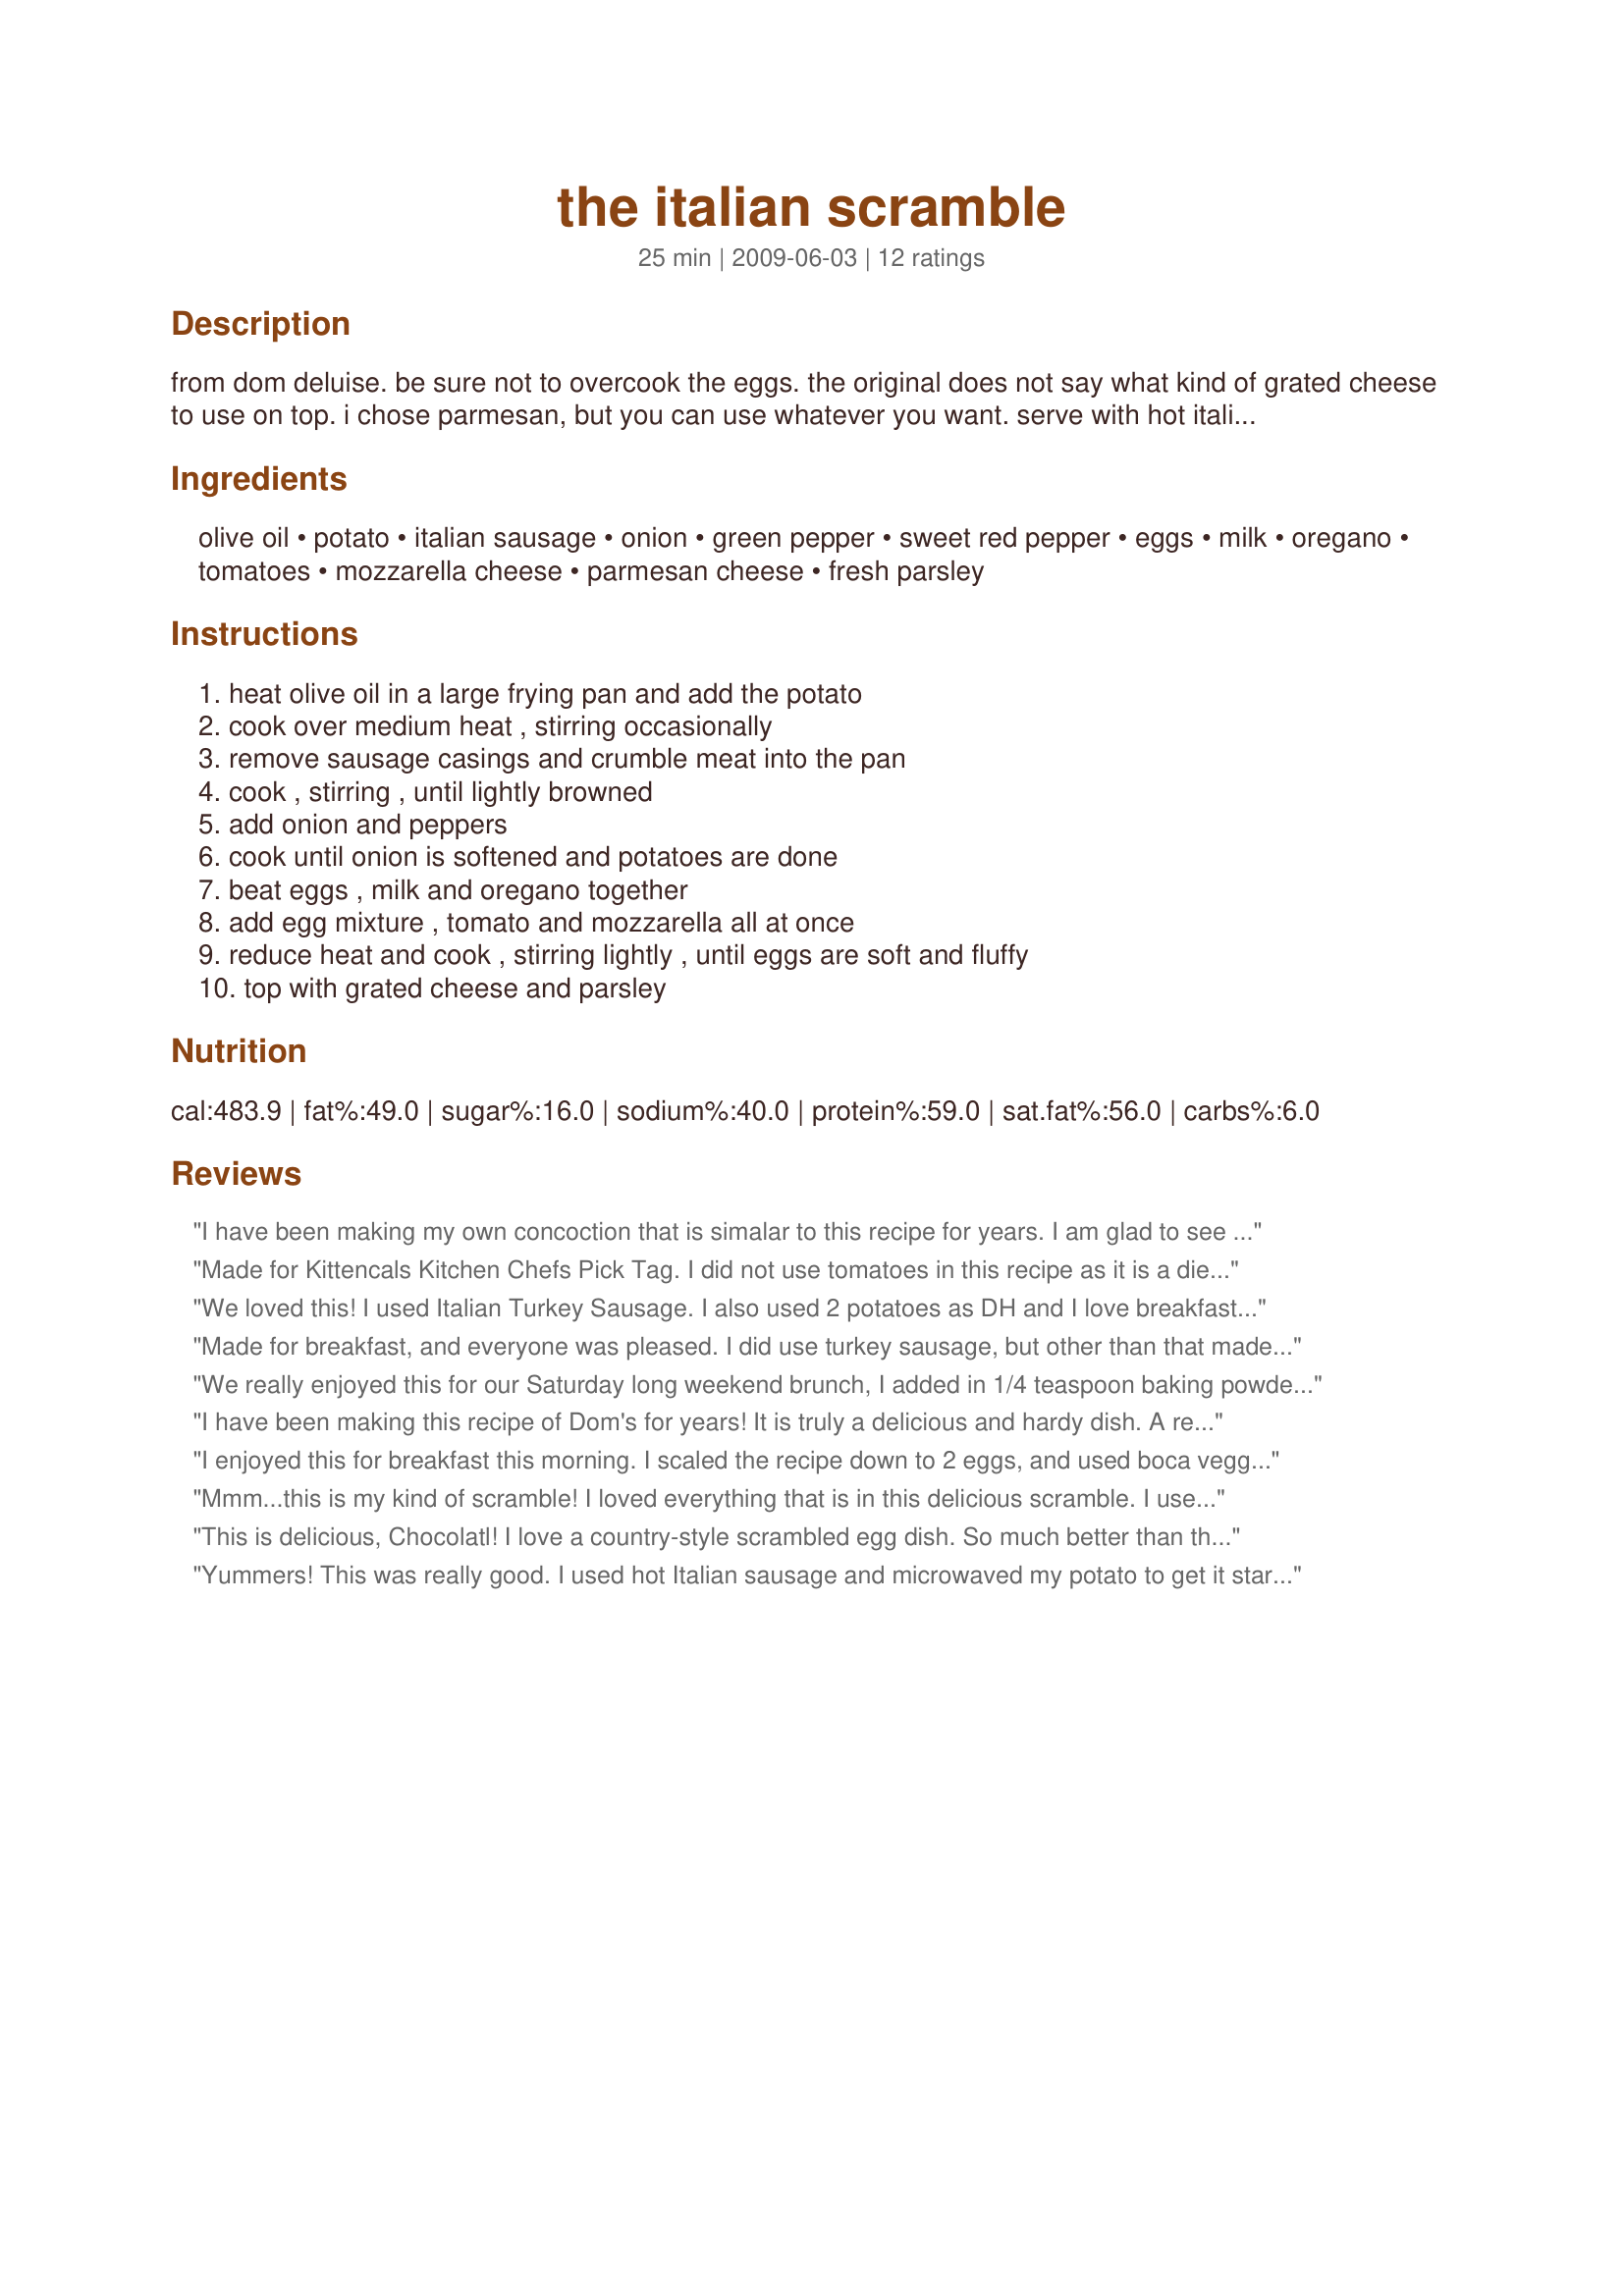
the italian scramble
Preparation time: 25 minutes

from dom deluise. be sure not to overcook the eggs. the original does not say what kind of grated cheese to use on top. i chose parmesan, but you can use whatever you want.
serve with hot italian bread.

Ingredients:
olive oil, potato, italian sausage, onion, green pepper, sweet red pepper, eggs, milk, oregano, tomatoes, mozzarella cheese, parmesan cheese, fresh parsley

Steps:
heat olive oil in a large frying pan and add the potato, cook over medium heat , stirring occasionally, remove sausage casings and crumble meat into the pan, cook , stirring , until lightly browned, add onion and peppers, cook until onion is softened and potatoes are done, beat eggs , milk and oregano together, add egg mixture , tomato and mozzarella all at once, reduce heat and cook , stirring lightly , until eggs are soft and fluffy, top with grated cheese and parsley

Reviews:
I have been making my own concoction that is simalar to this recipe for years. I am glad to see it posted. I cut the recipe down for 2 and had enough for lunch the next day. Thanks for sharing. Made for the 2009 Football pool Championship playoffs.
Made for Kittencals Kitchen Chefs Pick Tag. I did not use tomatoes in this recipe as it is a dietary problem here, but otherwise made per the recipe. I cut the potatoes a into 3/4 inch chunks, and had to cover the pan to get them to cook through, so would suggest cutting them a tad bit smaller. This is a very nice and easy recipe to make, and very tasty. Well worth making often, for breakfast or dinner...mmm mmm good! Thank You for another great recipe.
We loved this! I used Italian Turkey Sausage. I also used 2 potatoes as DH and I love breakfast potatoes! Just delicious, and VERY filling!! Thanks Pat! I'll make this again soon! Made for KK Chef's Pick Tag
Made for breakfast, and everyone was pleased. I did use turkey sausage, but other than that made as posted. A very enjoyable meal. Made for Zaar Stars.
We really enjoyed this for our Saturday long weekend brunch, I added in 1/4 teaspoon baking powder to make it extra fluffy, used 2 tablespoons heavy cream in place of the milk and used spicy bulk Italian sausage meat, this was so delicious and I look forward to making this again soon, thanks Chocolatl!
I have been making this recipe of Dom's for years! It is truly a delicious and hardy dish. A real crowd pleaser. I make it exatly as written, including the parmesan cheese. I'm so happy to see it posted.
I enjoyed this for breakfast this morning. I scaled the recipe down to 2 eggs, and used boca veggie sausage. It was good! I used Monterey Jack cheese. Thanks! Made for Newest Zaar Tag.
Mmm...this is my kind of scramble! I loved everything that is in this delicious scramble. I used red potato, red onion and a mixture of hot and mild Italian sausage. Also, I added 1/8 tsp. dried basil along with the oregano. I had two, yes I said two, large servings and wolfed both of them down. I added some warm pizza sauce on my second helping and it made a perfect scramble even better. Thank you for sharing this wonderful recipe...it is definitely a keeper! **Made for Culinary Quest - Suitcase Gourmets**
This is delicious, Chocolatl! I love a country-style scrambled egg dish. So much better than those dry scrambles. I did use extra tomato, but otherwise made as directed. Thnx for posting, hon. Made for KcK's Forum.
Yummers! This was really good. I used hot Italian sausage and microwaved my potato to get it started, then browned it in the skillet. Other than that I made it as directed. Very simple, very filling and very good. Thanks Chocolatl for sharing. Made for Zaar Stars Tag.
I made half a recipe for the two of us and still have some left over. Great breakfast, I cooked the potato in the microwave and then finished in the pan, used breakfast sausage, provolone and parmesan cheese and it was wonderful.
A very good breakfast scramble that we enjoyed this morning. For the two of us I did halve the recipe and there was more then enough for two good size servings. Since peppers are not DH&#039;s favorites I used a larger red pepper, cooked the potato in the microwave, used a red onion and cherry tomatoes instead of a whole tomato. Great flavors, cheesey goodness, and everything you would want in one dish. Chocolatl thank you for sharing this recipe with us! Made and reviewed for the 2014 Culinary Quest - Cruisin&#039; Culinary Queens.
